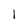
Character: 1